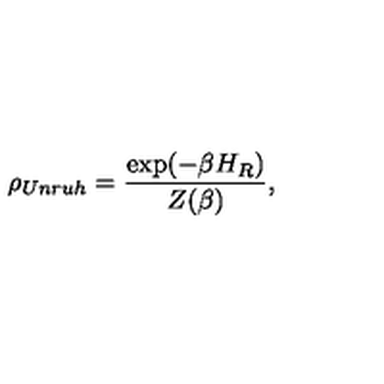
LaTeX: \rho _ { U n r u h } = \frac { \exp ( - \beta H _ { R } ) } { Z ( \beta ) } ,